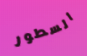
السطور